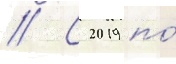
// С 2019 по́